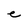
Character: e